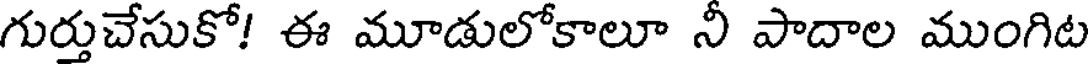
గుర్తుచేసుకో! ఈ మూడులోకాలూ నీ పాదాల ముంగిట